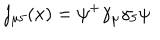
j _ { \mu 5 } ( x ) = \psi ^ { + } \gamma _ { \mu } \gamma _ { 5 } \psi